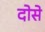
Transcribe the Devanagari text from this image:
दोसे